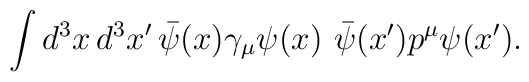
\int d^3x\,d^3x' \, \bar{\psi}(x)\gamma_\mu \psi(x) \,\, \bar{\psi}(x') p^\mu \psi(x') .